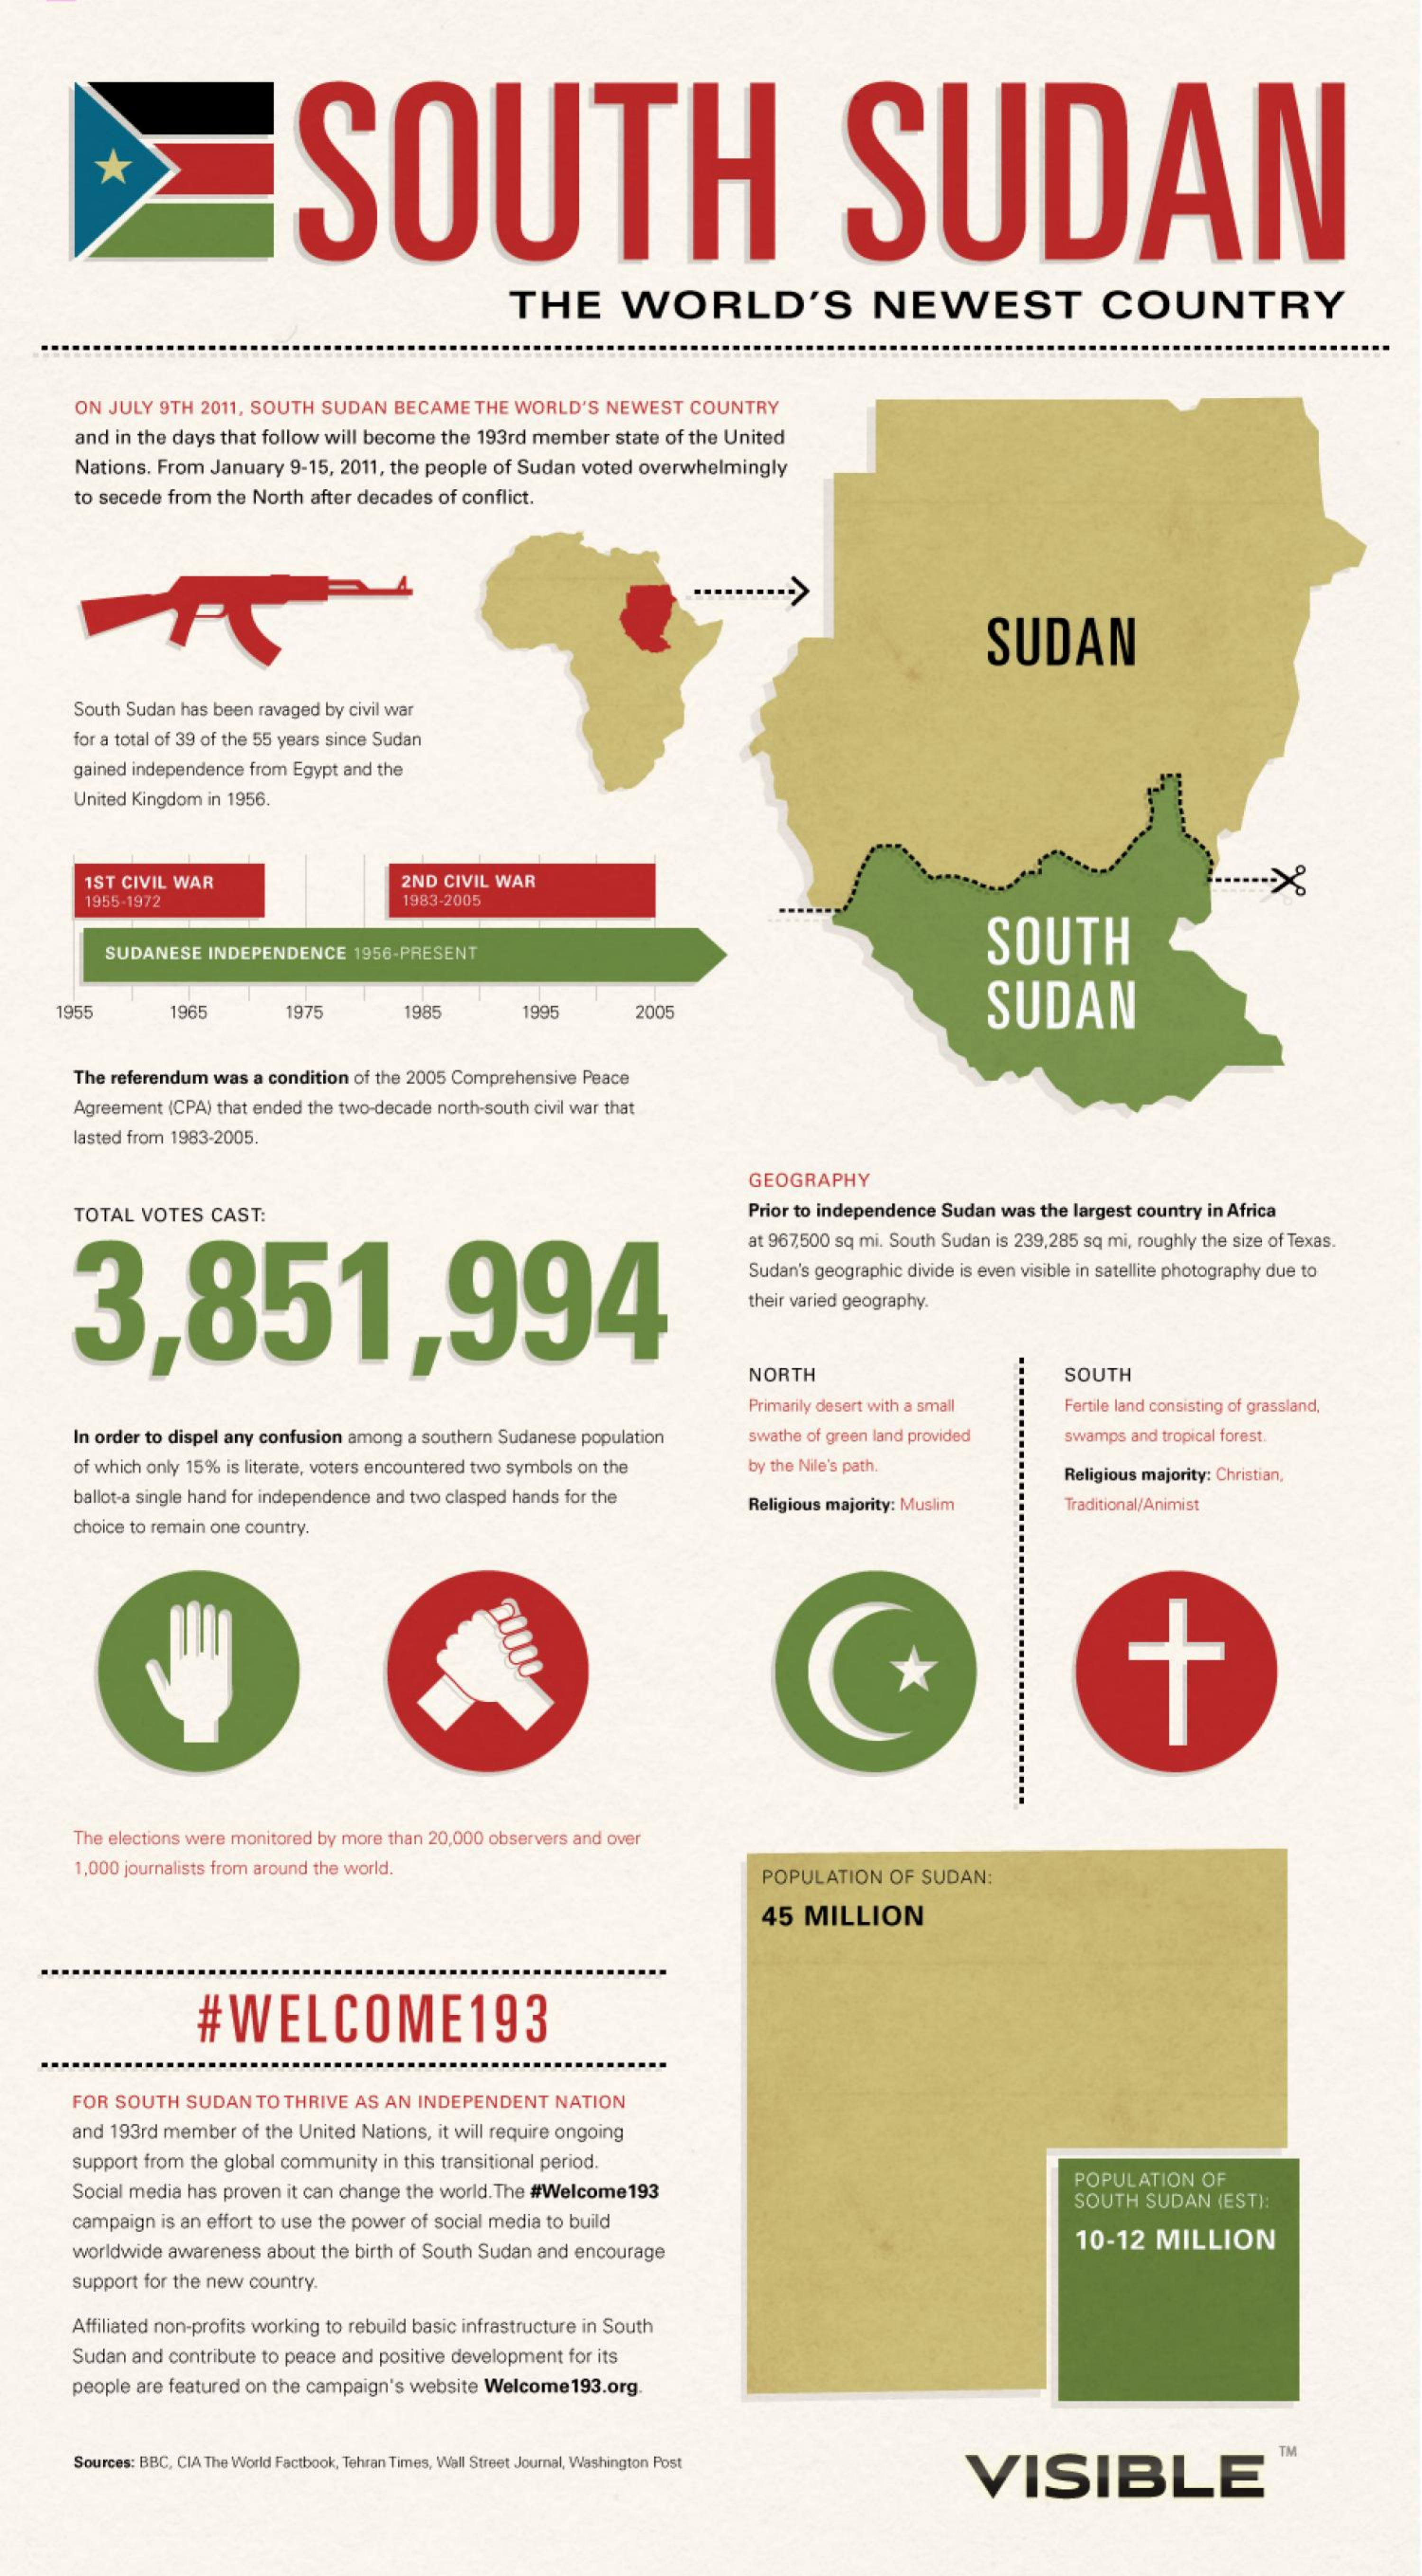
SOUTH    SUDAN
     THE    WORLD'S    NEWEST    COUNTRY
     ON JULY 9TH 2011, SOUTH SUDAN BECAME THE WORLD'S NEWEST COUNTRY
     and in the days that follow will become the 193rd member state of the United
     Nations. From January 9-15, 2011, the people of Sudan voted overwhelmingly
     to secede from the North after decades of conflict.
     SUDAN
     South Sudan has been ravaged by civil war
     for a total of 39 of the 55 years since Sudan
     gained independence from Egypt and the
     United Kingdom in 1956.
     1ST CIVIL WAR    2ND CIVIL WAR    X
     1955-1972    1983-2005
     SOUTH
     SUDANESE INDEPENDENCE 1956-PRESENT
     SUDAN 1955 1965 1975 1985 1995 2005
     The referendum was a condition of the 2005 Comprehensive Peace
     Agreement (CPA) that ended the two-decade north-south civil war that
     lasted from 1983-2005.
     GEOGRAPHY
     TOTAL VOTES CAST:    Prior to independence Sudan was the largest country in Africa
     3,851,994
     at 967,500 sq mi. South Sudan is 239,285 sq mi, roughly the size of Texas.
     Sudan's geographic divide is even visible in satellite photography due to
     their varied geography.
     NORTH    SOUTH
     Primarily desert with a small Fertile land consisting of grassland,
     In order to dispel any confusion among a southern Sudanese population swathe of green land provided swamps and tropical forest.
     of which only 15% is literate, voters encountered two symbols on the by the Nile's path. Religious majority: Christian,
     ballot-a single hand for independence and two clasped hands for the
     choice to remain one country.
     Religious majority: Muslim   Traditional/Animist
     The elections were monitored by more than 20,000 observers and over
     1,000 journalists from around the world.    POPULATION OF SUDAN:
     45  MILLION
     #WELCOME193
     FOR SOUTH SUDAN TO THRIVE AS AN INDEPENDENT NATION
     and 193rd member of the United Nations, it will require ongoing
     support from the global community in this transitional period.
     Social media has proven it can change the world. The #Welcome193    POPULATION  OF
     campaign is an effort to use the power of social media to build
     SOUTH  SUDAN (EST):
     worldwide awareness about the birth of South Sudan and encourage
     10-12 MILLION
     support for the new country.
     Affiliated non-profits working to rebuild basic infrastructure in South
     Sudan and contribute to peace and positive development for its
     people are featured on the campaign's website Welcome193.org.
     Sources: BBC, CIA The World Factbook, Tehran Times, Wall Street Journal, Washington Post
     VISIBLE
     TM